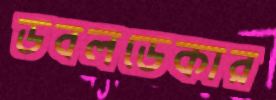
ডবলডেকার